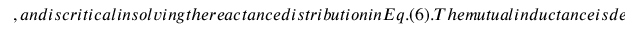
, a n d i s c r i t i c a l i n s o l v i n g t h e r e a c t a n c e d i s t r i b u t i o n i n E q . ( 6 ) . T h e m u t u a l i n d u c t a n c e i s d e c i d e d b y t h e p h y s i c a l d i s p l a c e m e n t o f t h e u n i t c e l l s . T h e m e t a s u r f a c e c o n s i s t s o f u n i t c e l l s o f t w o l a y e r s , a n d w e c a l c u l a t e t h e m s e p a r a t e l y t h r o u g h E q . ( 7 ) . T o m e a s u r e t h e m u t u a l i n d u c t a n c e , w e f i r s t m e a s u r e t h e t w o - p o r t i m p e d a n c e b e t w e e n t w o u n i t c e l l s , i . e . , t h e o p e n c i r c u i t v o l t a g e o n t h e s e c o n d u n i t c e l l d i v i d e d b y t h e c u r r e n t o f t h e f i r s t u n i t c e l l ,